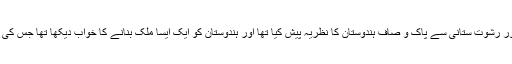
انہوں نے 2020 تک ایک شفاف اور رشوت ستانی سے پاک و صاف ہندوستان کا نظریہ پیش کیا تھا اور ہندوستان کو ایک ایسا ملک بنانے کا خواب دیکھا تھا جس کی قیادت پر سارا ملک فخر کرسکے ۔